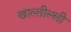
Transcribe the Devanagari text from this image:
खाल्तील्ली